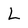
Character: L